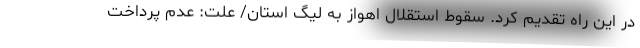
در این راه تقدیم کرد. سقوط استقلال اهواز به لیگ استان/ علت: عدم پرداخت